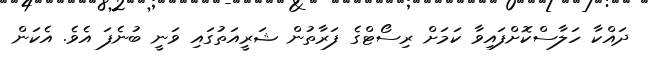
ދައްކާ ހަލާސްކޮށްފައިވާ ކަމަށް ރިސޯޓްގެ ފަރާތުން ޝަރީއަތުގައި ވަނީ ބުނެފަ އެވެ. އެކަން